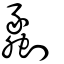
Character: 劙